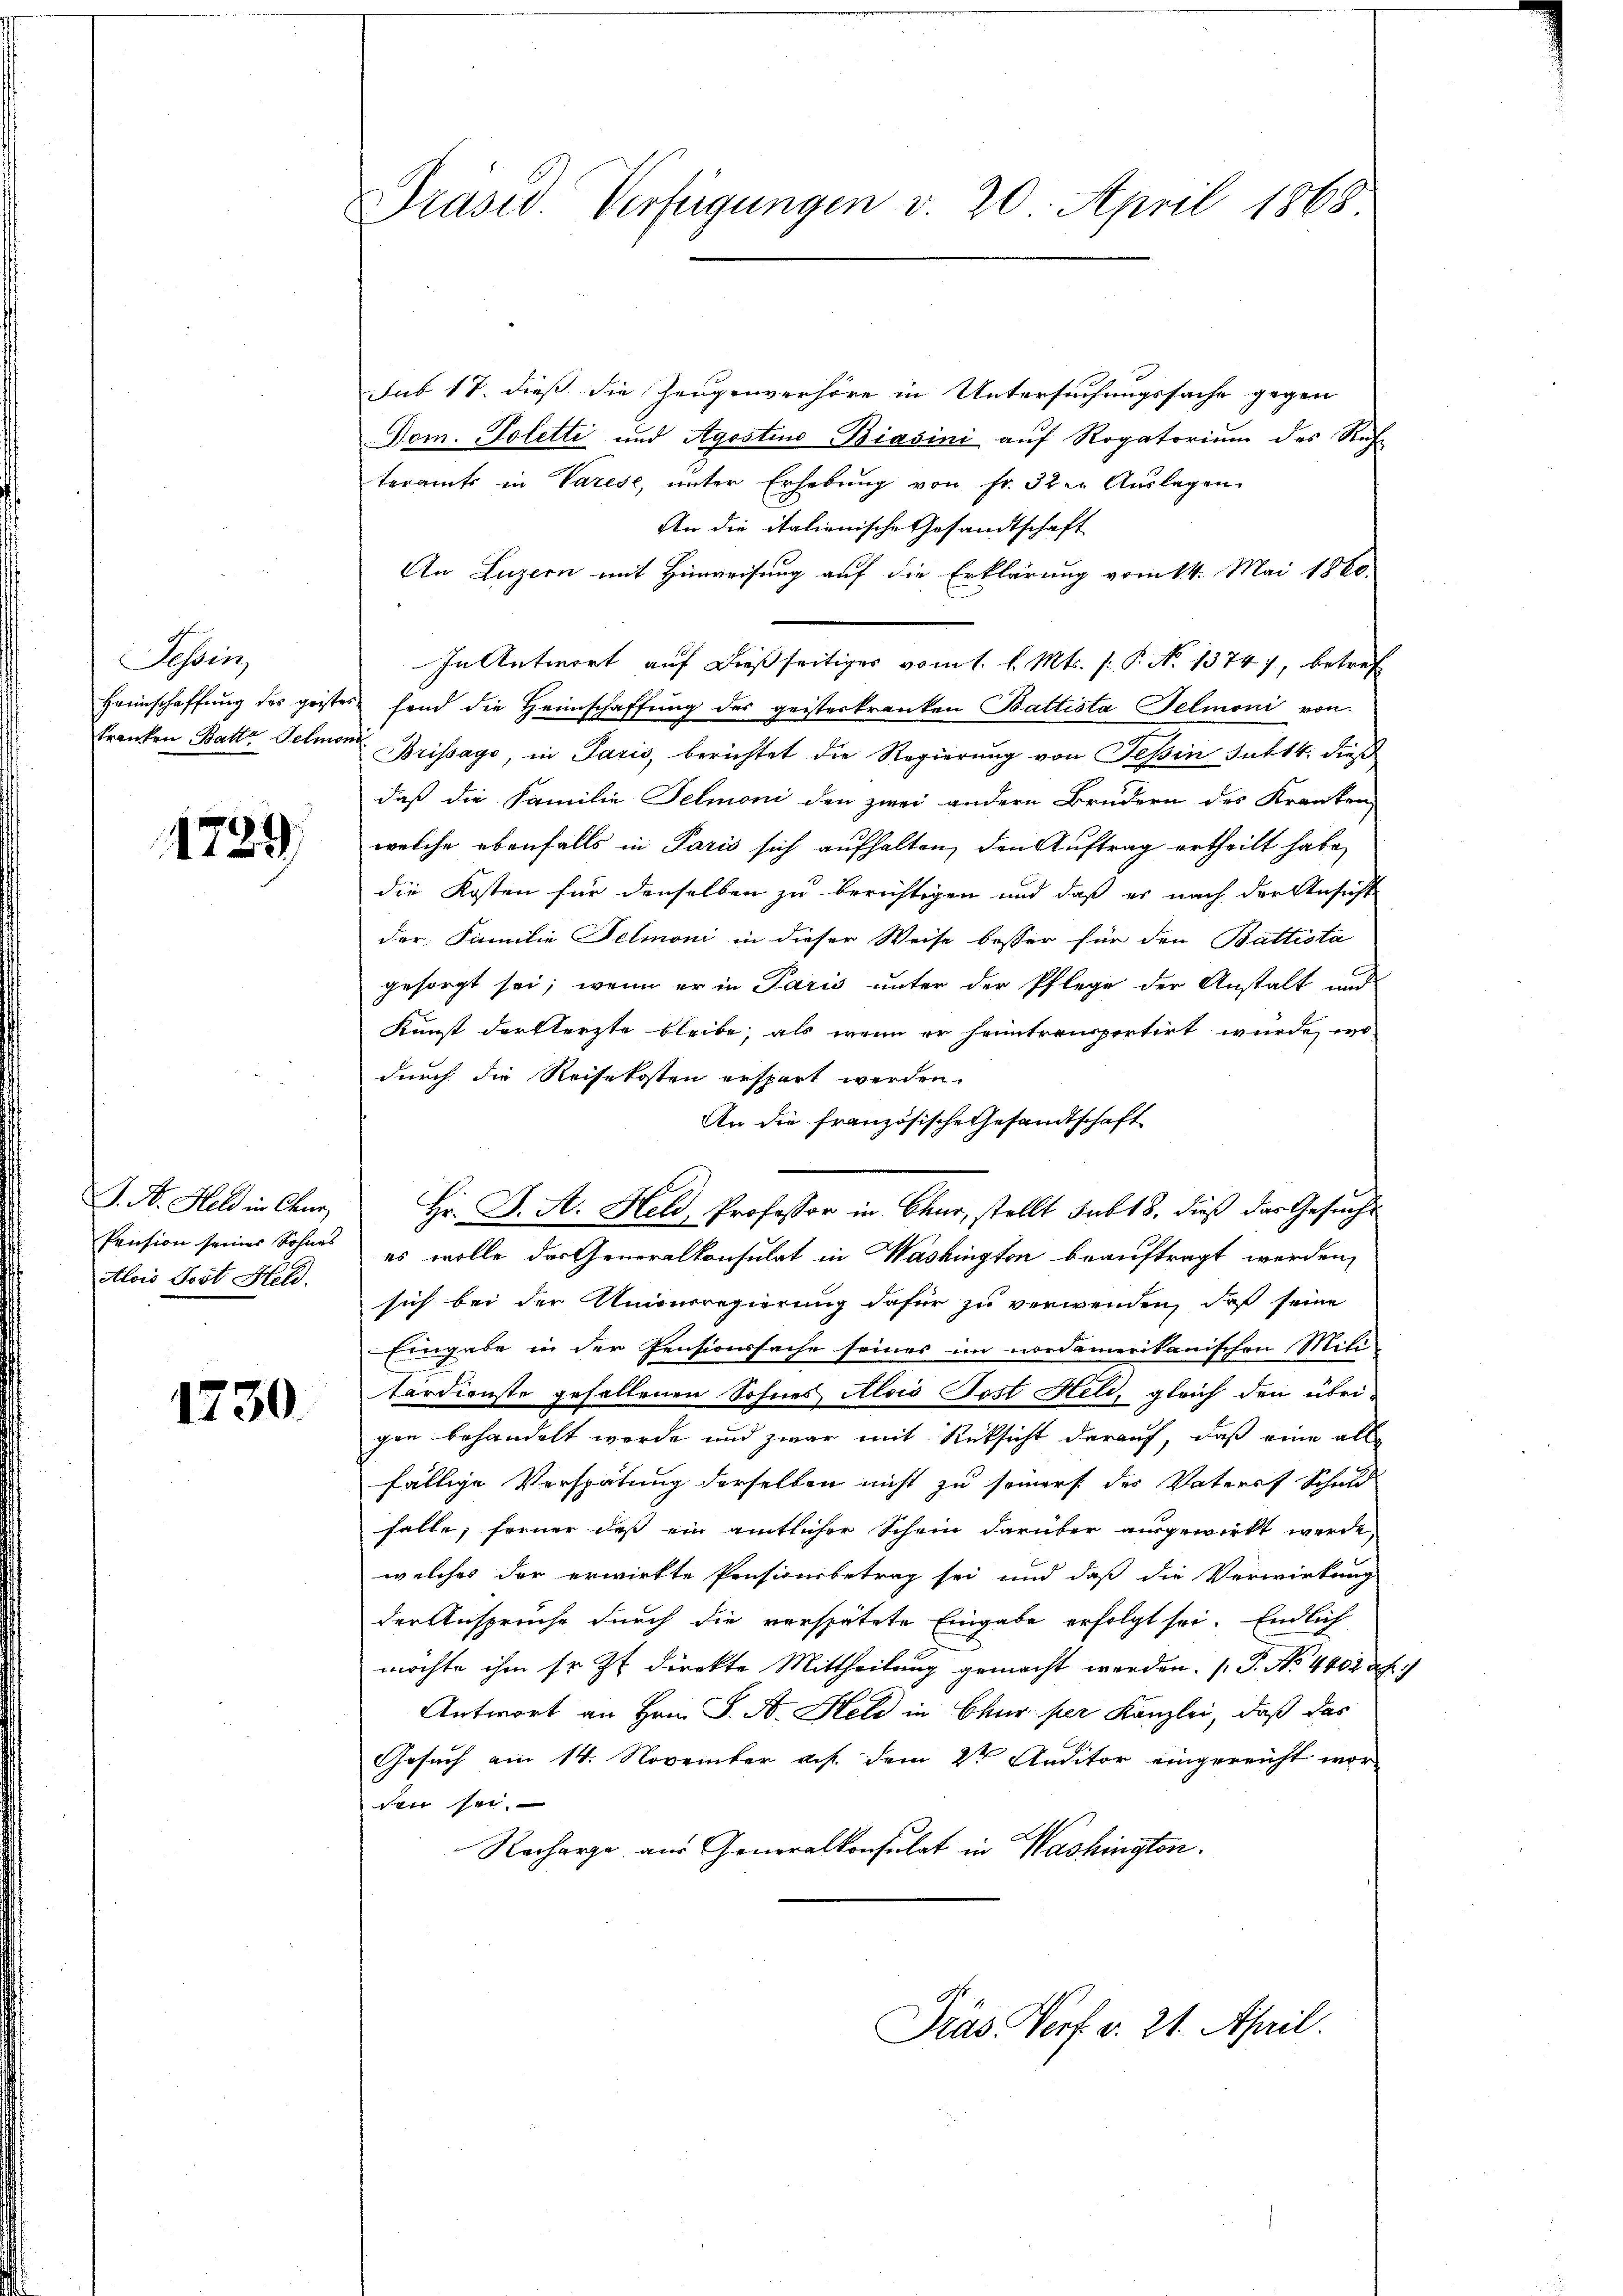
Tessin
kranken Batte Selmon

1729.

J. A. Held in Chur,
Pension seiner Sohnes
Alois Post Held.

1730.

Präsid. Verfügungen v. 20. April 1868

sub 17. dieß die Zeugenverhöre in Untersuchungssache gegen
Dom. Poletti und Agostino Biasini auf Rogatorium des Rech-
teramts in Varese, unter Erhebung von fr. 32 er Auslagen
An die italienische Gesandtschaft
An Luzern mit Hinweisung auf die Erklärung vom 14. Mai 1860.
In Antwort auf dießseitiges vom 1. l. Mts. (: P. No 1374), betref
Haunschaffŭng des geistes fand die Heimschaffŭng der geisterkranken Battista Felmoni von
Brissago, in Paris, berichtet die Regierung von Tessin fut 14. dieß
daß die Familie Telmoni den zwei andern Brudern des Kranken,
welche ebenfalls in Paris sich aufhalten, den Auftrag ertheilt habe,
die Kosten für denselben zu berichtigen und daß es nach der Ansicht
der Familie Felmoni in dieser Weise besser für den Battista
gesorgt sei; wenn er in Paris unter der Pflege der Anstalt und
Kunst dersterste bleibe, als wenn er heimtransportirt wurde, wo
durch die Reisekosten erspart werden.
An die französische Gesandtschaft
Hr. J. A. Held, Professor in Chur, stellt sub 18. dieß der Gesuche
es wolle das Generalkonsulat in Washington beauftragt werden,
sich bei der Unionsregierung dafür zu verwenden, daß seine
Eingabe in der Pensionssache seines im nordamerikanischen Mili
tärdienste gefallenen Sohnes Alois Post Held, gleich den übri-
gen behandelt werde und zwar mit Rücksicht darauf, daß eine all
fällige Verspätung derselben nicht zu seiners des Vaterof Schuld
falle, ferner daß ein amtlicher Schein darüber ausgewirkt werde,
welches der erwirkte Pensionsbetrag sei und daß die Verwirkung
der Ansprüche durch die verspätete Eingabe erfolgt sei. Endlich
möchte ihm sr. Zt. direkte Mittheilung gemacht werden. (T. No. 4402. 29
Antwort an Hrn. J. A. Held in Chur per Kanzlei, daß das
Gesuch am 14. November auf dem 2ten Auditor eingereicht worden sei.
Recharge aus Generalkonsulat in Washington.

Präs. Verf. v. 21. April.